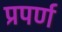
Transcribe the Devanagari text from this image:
प्रपर्ण